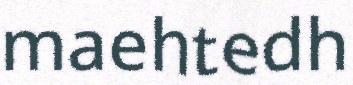
maehtedh